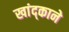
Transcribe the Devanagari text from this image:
खांद्काने